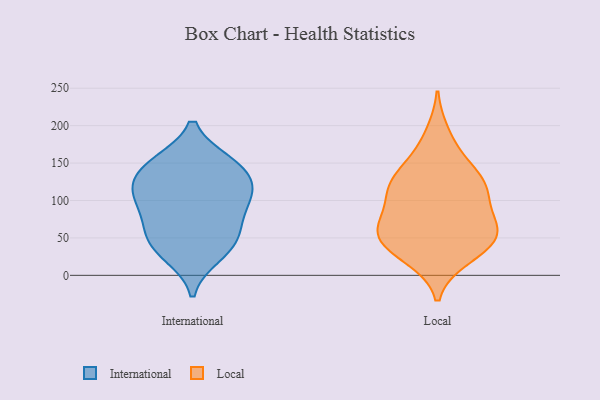
{"axis": {"x": "Net Income (USD K)", "y": "Value"}, "legend": ["International", "Local"], "data": [{"x": "", "y": 88, "type": "International"}, {"x": "", "y": 33, "type": "International"}, {"x": "", "y": 119, "type": "International"}, {"x": "", "y": 97, "type": "International"}, {"x": "", "y": 26, "type": "International"}, {"x": "", "y": 61, "type": "International"}, {"x": "", "y": 128, "type": "International"}, {"x": "", "y": 104, "type": "International"}, {"x": "", "y": 148, "type": "International"}, {"x": "", "y": 151, "type": "International"}, {"x": "", "y": 116, "type": "International"}, {"x": "", "y": 47, "type": "International"}, {"x": "", "y": 151, "type": "International"}, {"x": "", "y": 60, "type": "International"}, {"x": "", "y": 110, "type": "Local"}, {"x": "", "y": 51, "type": "Local"}, {"x": "", "y": 23, "type": "Local"}, {"x": "", "y": 123, "type": "Local"}, {"x": "", "y": 159, "type": "Local"}, {"x": "", "y": 61, "type": "Local"}, {"x": "", "y": 140, "type": "Local"}, {"x": "", "y": 41, "type": "Local"}, {"x": "", "y": 52, "type": "Local"}, {"x": "", "y": 64, "type": "Local"}, {"x": "", "y": 111, "type": "Local"}, {"x": "", "y": 189, "type": "Local"}, {"x": "", "y": 123, "type": "Local"}, {"x": "", "y": 49, "type": "Local"}, {"x": "", "y": 118, "type": "Local"}, {"x": "", "y": 77, "type": "Local"}, {"x": "", "y": 78, "type": "Local"}, {"x": "", "y": 25, "type": "Local"}]}